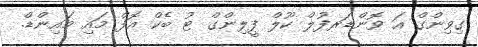
ގިވިންގް އަ ވޮންޑަރފުލް ކޫލް ފީލިންގް ޓު ބެކް އޮފް މައި މައިންޑް.